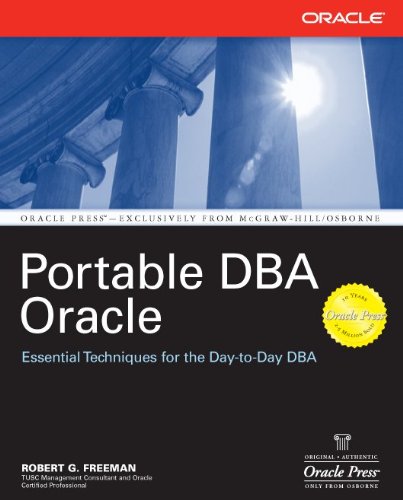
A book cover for Portable DBA: Oracle; Robert Freeman; Computers & Technology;